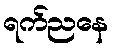
ရက်ညနေ